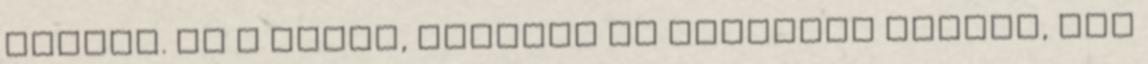
okozza. Az a féreg, elvette az Aggamoto szemét, ami